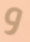
و